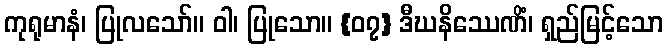
ကုရုမာနံ၊ ပြုလသော်။ ဝါ၊ ပြုသော။ {၀၇} ဒီဃနိဿေဏိံ၊ ရှည်မြင့်သော